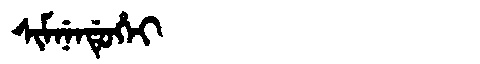
Manchu: ᠰᡳᠮᠨᡝᠨᡩᡠᡥᡝᡳ
Romanization: SIMNENDUHEI